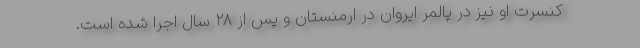
کنسرت او نیز در پالمر ایروان در ارمنستان و پس از ۲۸ سال اجرا شده است.